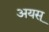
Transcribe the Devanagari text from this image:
अयस्‌